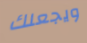
ويجعلك